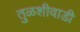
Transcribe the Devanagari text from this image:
तुळशीवाडी